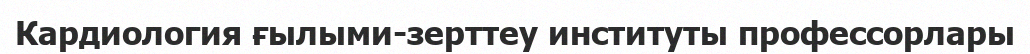
Кардиология ғылыми-зерттеу институты профессорлары